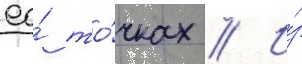
ео́ то́чках // И́з